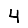
Digit: 4